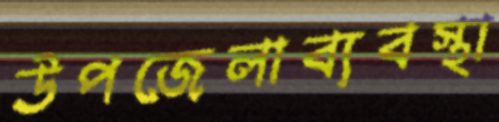
উপজেলাব্যবস্থা